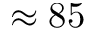
\approx 8 5